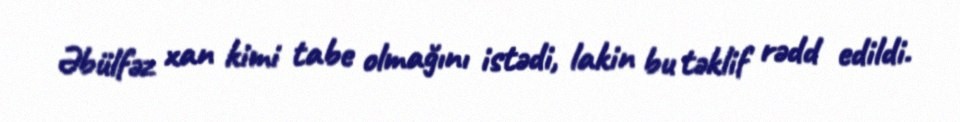
Əbülfəz xan kimi tabe olmağını istədi, lakin bu təklif rədd edildi.